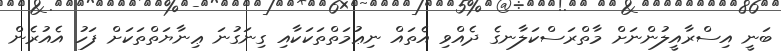
ބަނީ އިސްރާއީލުންނަށް މާތްރަސްކަލާނގެ ދެއްވި އެތައް ނިޢުމަތްތަކަކާއި ގިނަގުނަ ޢިނާޔަތްތަކަށް ފަހު އެއުރެން